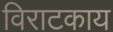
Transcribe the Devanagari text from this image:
विराटकाय